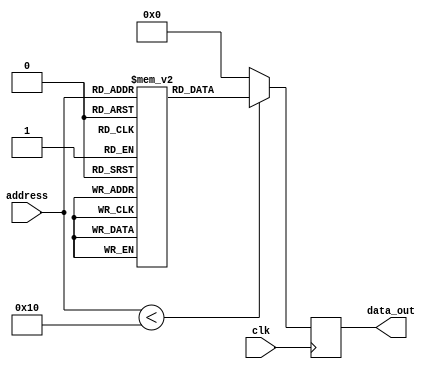
module parameterized_rom #(
    parameter DATA_WIDTH = 8,    // Width of each data word
    parameter ADDR_WIDTH = 4      // Number of address lines
) (
    input wire [ADDR_WIDTH-1:0] address, // Address input
    input wire clk,                     // Clock signal
    output reg [DATA_WIDTH-1:0] data_out // Data output
);

    // Internal memory array declaration
    reg [DATA_WIDTH-1:0] rom [(2**ADDR_WIDTH)-1:0];

    // Initialization of ROM contents
    initial begin
        // Example initialization (can be modified or loaded from a file)
        rom[0] = 8'h00;
        rom[1] = 8'h01;
        rom[2] = 8'h02;
        rom[3] = 8'h03;
        rom[4] = 8'h04;
        rom[5] = 8'h05;
        rom[6] = 8'h06;
        rom[7] = 8'h07;
        rom[8] = 8'h08;
        rom[9] = 8'h09;
        rom[10] = 8'h0A;
        rom[11] = 8'h0B;
        rom[12] = 8'h0C;
        rom[13] = 8'h0D;
        rom[14] = 8'h0E;
        rom[15] = 8'h0F;
        // Add more initialization as needed
    end

    // Synchronous read operation
    always @(posedge clk) begin
        if (address < (2**ADDR_WIDTH)) begin
            data_out <= rom[address]; // Read data from ROM
        end else begin
            data_out <= {DATA_WIDTH{1'b0}}; // Default value if address is out of range
        end
    end

endmodule